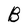
Character: B